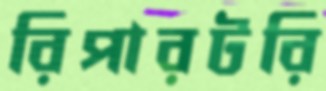
রিপারটরি